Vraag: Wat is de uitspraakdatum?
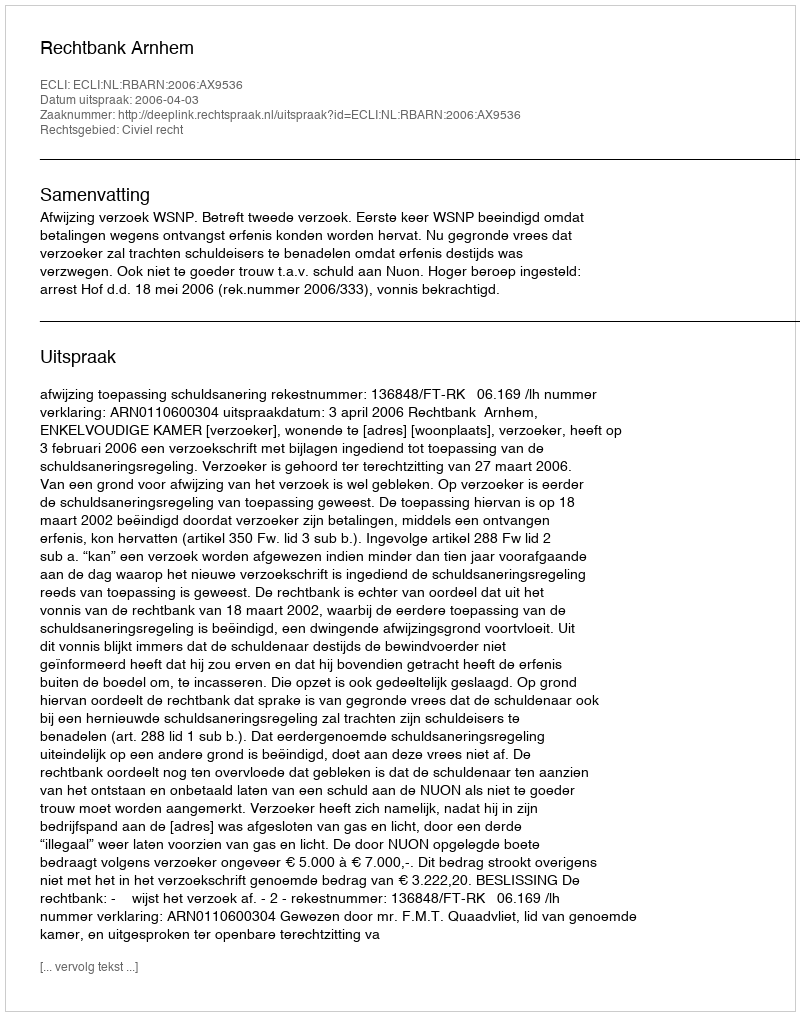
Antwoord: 2006-04-03